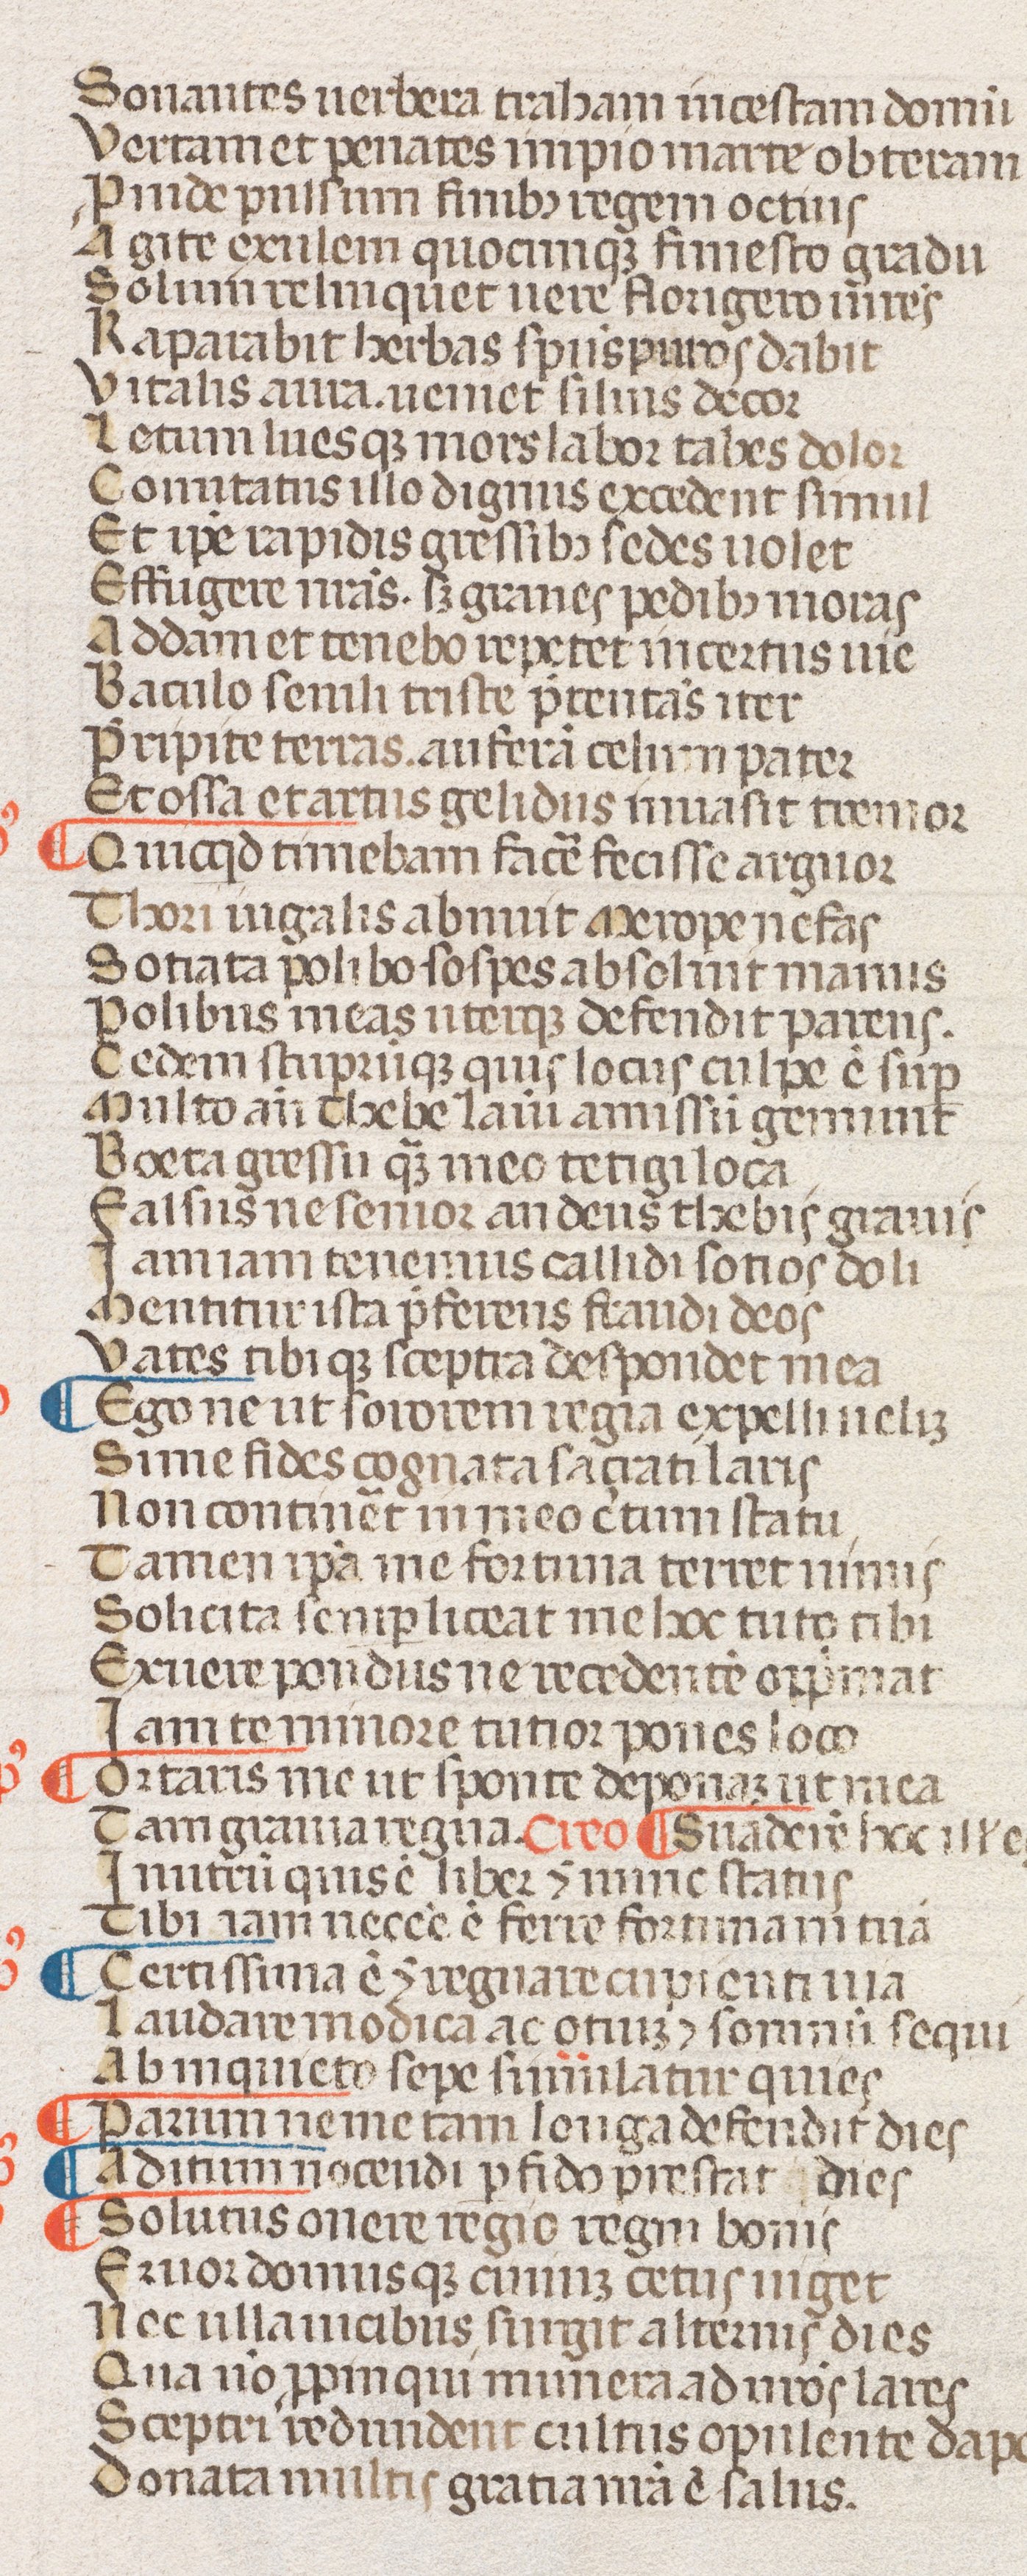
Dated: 1300–1399